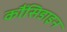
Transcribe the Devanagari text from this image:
कौंसिडाइन